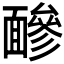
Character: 𩈼